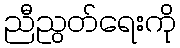
ညီညွတ်ရေးကို